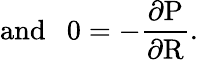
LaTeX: \mathrm{{and~~~}0=-\frac{\partial P}{\partial R}.}